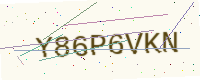
Text: Y86P6VKN